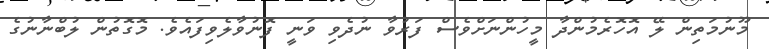
މޫނުމަތިން ލޭ އޮހޮރެމުންދާ މީހުންނަށްވެސް ފަރުވާ ނުދެވި ވަނީ ފޮނުވާލެވިފައެވެ. މޮގޮތުން ލުބްނާނުގެ